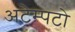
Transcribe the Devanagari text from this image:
अटेम्पटो